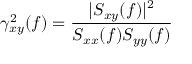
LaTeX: \gamma _ { x y } ^ { 2 } ( f ) = { \frac { | S _ { x y } ( f ) | ^ { 2 } } { S _ { x x } ( f ) S _ { y y } ( f ) } }